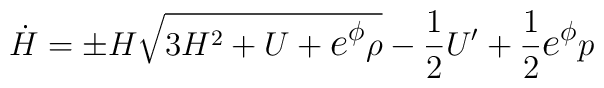
\dot H=\pm H\sqrt{3H^2+U + \hbox{\large $e^\phi$} \rho}-\frac{1}{2} U' +\frac{1}{2} \hbox{\large $e^\phi$} p \setcounter{equation}{4}